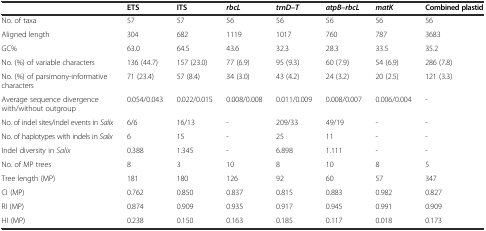
|  | ETS | ITS | rbcL | trnD–T | atpB–rbcL | matK | Combined plastid |
 | --- | --- | --- | --- | --- | --- | --- | --- |
 | No. of taxa | 57 | 57 | 56 | 56 | 56 | 56 | 56 |
 | Aligned length | 304 | 682 | 1119 | 1017 | 760 | 787 | 3683 |
 | GC% | 63.0 | 64.5 | 43.6 | 32.3 | 28.3 | 33.5 | 35.2 |
 | No. (%) of variable characters | 136 (44.7) | 157 (23.0) | 77 (6.9) | 95 (9.3) | 60 (7.9) | 54 (6.9) | 286 (7.8) |
 | No. (%) of parsimony-informative characters | 71 (23.4) | 57 (8.4) | 34 (3.0) | 43 (4.2) | 24 (3.2) | 20 (2.5) | 121 (3.3) |
 | Average sequence divergence with/without outgroup | 0.054/0.043 | 0.022/0.015 | 0.008/0.008 | 0.011/0.009 | 0.008/0.007 | 0.006/0.004 | - |
 | No. of indel sites/indel events in Salix | 6/6 | 16/13 | - | 209/33 | 49/19 | - | - |
 | No. of haplotypes with indels in Salix | 6 | 15 | - | 25 | 11 | - | - |
 | Indel diversity in Salix | 0.388 | 1.345 | - | 6.898 | 1.111 | - | - |
 | No. of MP trees | 8 | 3 | 10 | 8 | 10 | 8 | 5 |
 | Tree length (MP) | 181 | 180 | 126 | 92 | 60 | 57 | 347 |
 | CI (MP) | 0.762 | 0.850 | 0.837 | 0.815 | 0.883 | 0.982 | 0.827 |
 | RI (MP) | 0.874 | 0.909 | 0.935 | 0.917 | 0.945 | 0.991 | 0.909 |
 | HI (MP) | 0.238 | 0.150 | 0.163 | 0.185 | 0.117 | 0.018 | 0.173 |